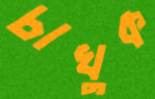
চাখুক